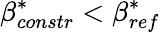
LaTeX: \beta_{constr}^{*}<\beta_{ref}^{*}